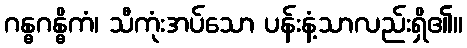
ဂန္ဓဂန္ဓိကံ၊ သီကုံးအပ်သော ပန်းနံ့သာလည်းရှိ၏။